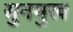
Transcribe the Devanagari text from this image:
सुनमुख